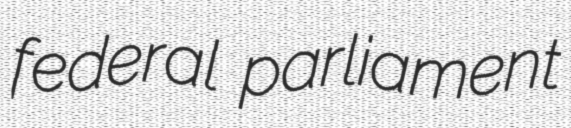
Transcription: federal parliament